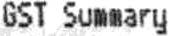
GST SUMMARY